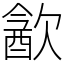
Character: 㱃